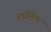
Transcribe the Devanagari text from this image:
हालिल